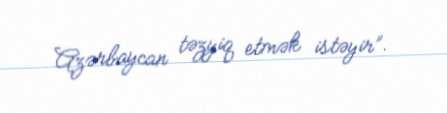
Azərbaycan təzyiq etmək istəyir”.